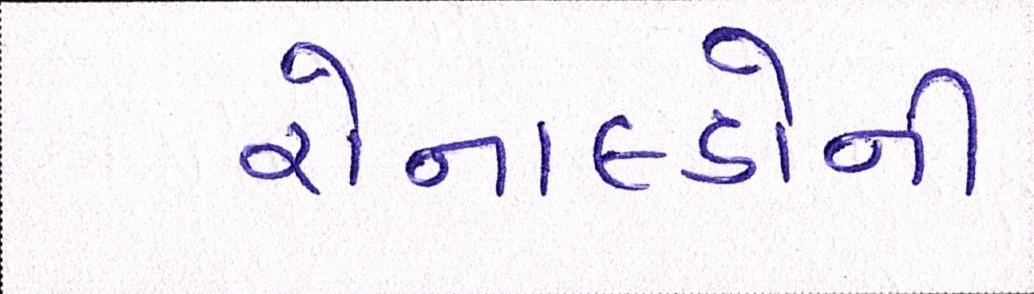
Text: રોનાલ્ડોની